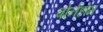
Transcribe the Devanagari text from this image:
बोर्नहोम